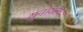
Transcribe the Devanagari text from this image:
युनायटेच्या